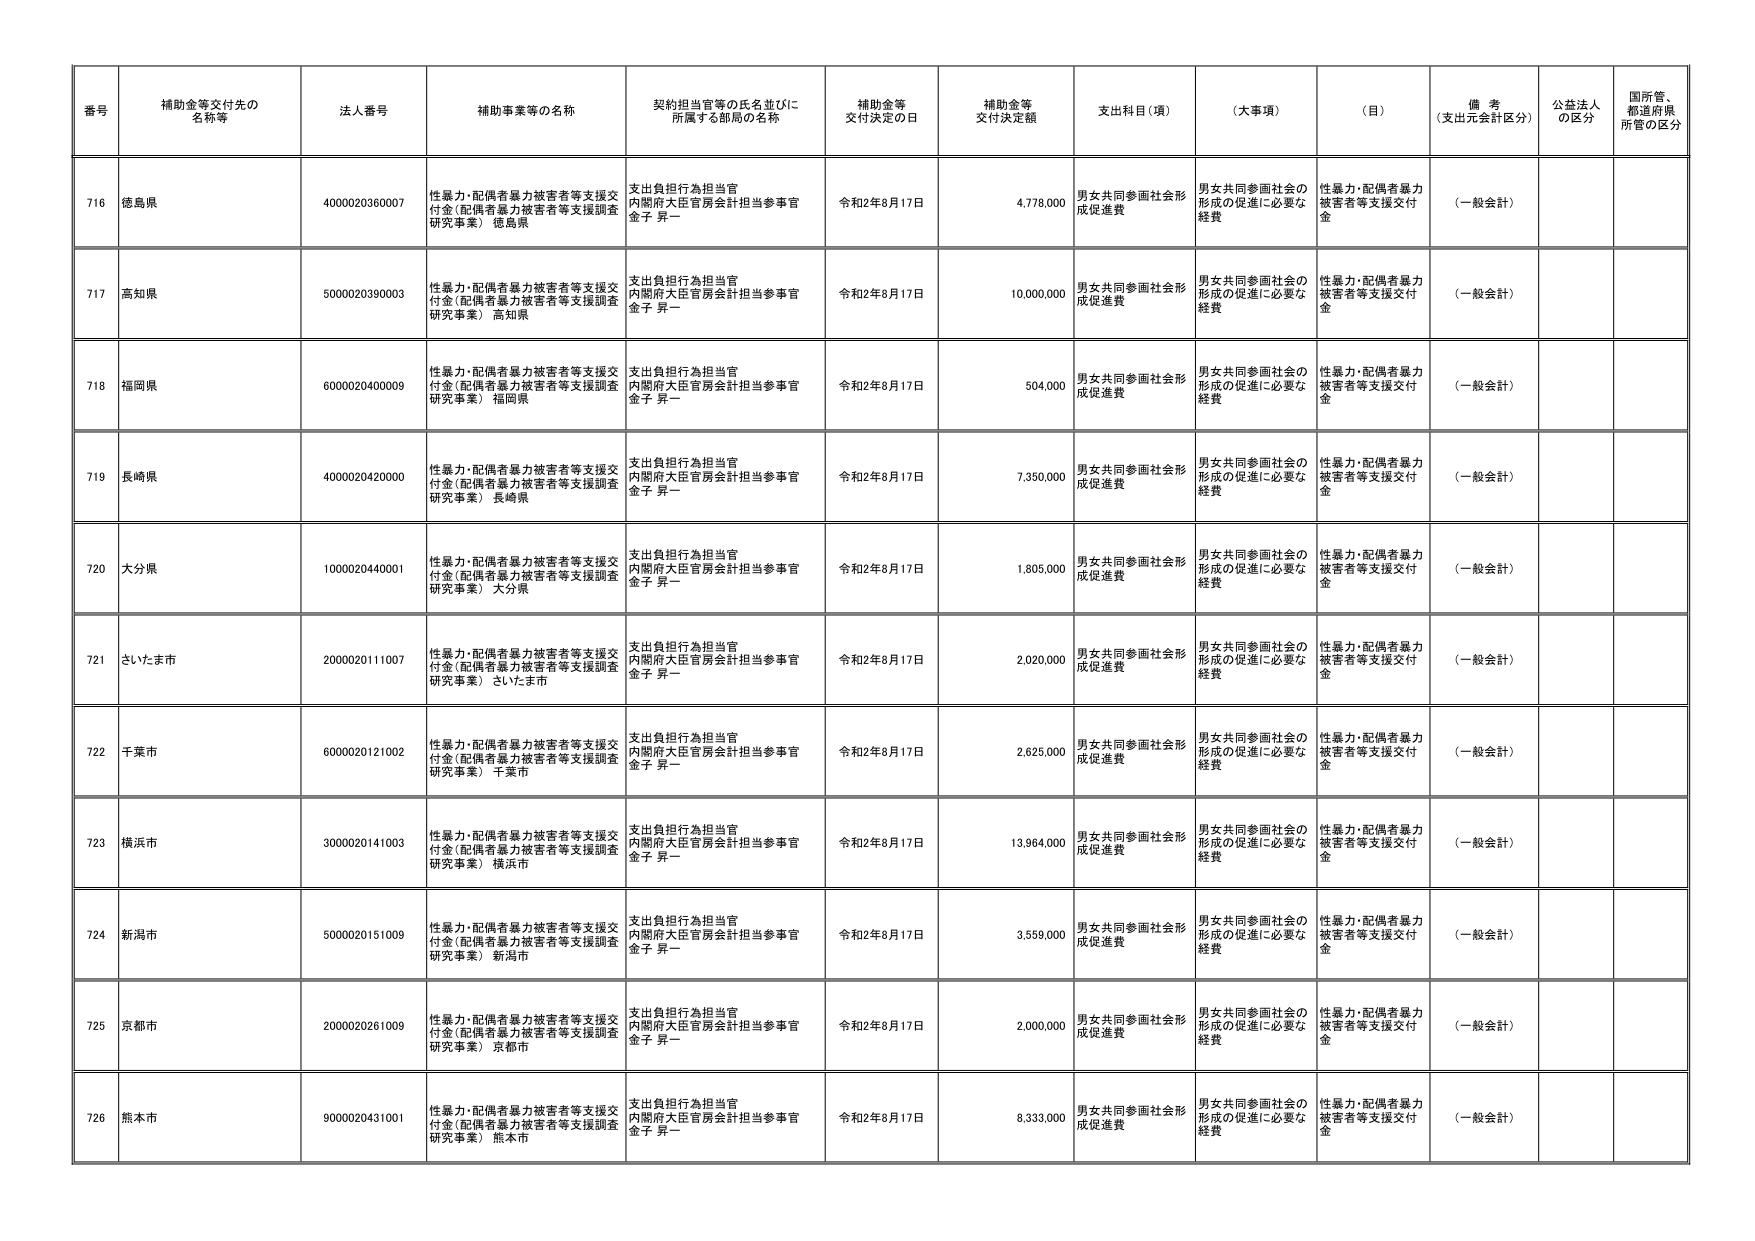
番号 補助金等交付先の名称等 法人番号 補助事業等の名称 契約担当官等の氏名並びに所属する部局の名称 補助金等交付決定の日 補助金等交付決定額 支出科目（項） （大事項） （目） 備考（支出元会計区分） 公益法人の区分 国所管、都道府県所管の区分

716 徳島県 4000020360007 性暴力・配偶者暴力被害者等支援交付金（配偶者暴力被害者等支援調査研究事業） 徳島県 支出負担行為担当官 内閣府大臣官房会計担当参事官 金子 昇一 令和2年8月17日 4,778,000 男女共同参画社会形成促進費 男女共同参画社会の形成の促進に必要な経費 性暴力・配偶者暴力被害者等支援交付金 （一般会計）

717 高知県 5000020390003 性暴力・配偶者暴力被害者等支援交付金（配偶者暴力被害者等支援調査研究事業） 高知県 支出負担行為担当官 内閣府大臣官房会計担当参事官 金子 昇一 令和2年8月17日 10,000,000 男女共同参画社会形成促進費 男女共同参画社会の形成の促進に必要な経費 性暴力・配偶者暴力被害者等支援交付金 （一般会計）

718 福岡県 6000020400009 性暴力・配偶者暴力被害者等支援交付金（配偶者暴力被害者等支援調査研究事業） 福岡県 支出負担行為担当官 内閣府大臣官房会計担当参事官 金子 昇一 令和2年8月17日 504,000 男女共同参画社会形成促進費 男女共同参画社会の形成の促進に必要な経費 性暴力・配偶者暴力被害者等支援交付金 （一般会計）

719 長崎県 4000020420000 性暴力・配偶者暴力被害者等支援交付金（配偶者暴力被害者等支援調査研究事業） 長崎県 支出負担行為担当官 内閣府大臣官房会計担当参事官 金子 昇一 令和2年8月17日 7,350,000 男女共同参画社会形成促進費 男女共同参画社会の形成の促進に必要な経費 性暴力・配偶者暴力被害者等支援交付金 （一般会計）

720 大分県 1000020440001 性暴力・配偶者暴力被害者等支援交付金（配偶者暴力被害者等支援調査研究事業） 大分県 支出負担行為担当官 内閣府大臣官房会計担当参事官 金子 昇一 令和2年8月17日 1,805,000 男女共同参画社会形成促進費 男女共同参画社会の形成の促進に必要な経費 性暴力・配偶者暴力被害者等支援交付金 （一般会計）

721 さいたま市 2000020111007 性暴力・配偶者暴力被害者等支援交付金（配偶者暴力被害者等支援調査研究事業） さいたま市 支出負担行為担当官 内閣府大臣官房会計担当参事官 金子 昇一 令和2年8月17日 2,020,000 男女共同参画社会形成促進費 男女共同参画社会の形成の促進に必要な経費 性暴力・配偶者暴力被害者等支援交付金 （一般会計）

722 千葉市 6000020121002 性暴力・配偶者暴力被害者等支援交付金（配偶者暴力被害者等支援調査研究事業） 千葉市 支出負担行為担当官 内閣府大臣官房会計担当参事官 金子 昇一 令和2年8月17日 2,625,000 男女共同参画社会形成促進費 男女共同参画社会の形成の促進に必要な経費 性暴力・配偶者暴力被害者等支援交付金 （一般会計）

723 横浜市 3000020141003 性暴力・配偶者暴力被害者等支援交付金（配偶者暴力被害者等支援調査研究事業） 横浜市 支出負担行為担当官 内閣府大臣官房会計担当参事官 金子 昇一 令和2年8月17日 13,964,000 男女共同参画社会形成促進費 男女共同参画社会の形成の促進に必要な経費 性暴力・配偶者暴力被害者等支援交付金 （一般会計）

724 新潟市 5000020151009 性暴力・配偶者暴力被害者等支援交付金（配偶者暴力被害者等支援調査研究事業） 新潟市 支出負担行為担当官 内閣府大臣官房会計担当参事官 金子 昇一 令和2年8月17日 3,559,000 男女共同参画社会形成促進費 男女共同参画社会の形成の促進に必要な経費 性暴力・配偶者暴力被害者等支援交付金 （一般会計）

725 京都市 2000020261009 性暴力・配偶者暴力被害者等支援交付金（配偶者暴力被害者等支援調査研究事業） 京都市 支出負担行為担当官 内閣府大臣官房会計担当参事官 金子 昇一 令和2年8月17日 2,000,000 男女共同参画社会形成促進費 男女共同参画社会の形成の促進に必要な経費 性暴力・配偶者暴力被害者等支援交付金 （一般会計）

726 熊本市 9000020431001 性暴力・配偶者暴力被害者等支援交付金（配偶者暴力被害者等支援調査研究事業） 熊本市 支出負担行為担当官 内閣府大臣官房会計担当参事官 金子 昇一 令和2年8月17日 8,333,000 男女共同参画社会形成促進費 男女共同参画社会の形成の促進に必要な経費 性暴力・配偶者暴力被害者等支援交付金 （一般会計）